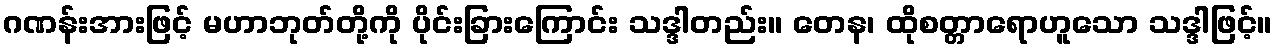
ဂဏန်းအားဖြင့် မဟာဘုတ်တို့ကို ပိုင်းခြားကြောင်း သဒ္ဒါတည်း။ တေန၊ ထိုစတ္တာရောဟူသော သဒ္ဒါဖြင့်။